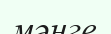
мәнге